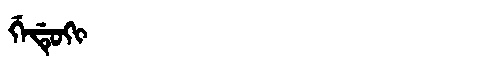
Manchu: ᡤᡝᡩᡠᡴᡳ
Romanization: GEDUKI